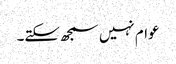
عوام نہیں سمجھ سکتے۔